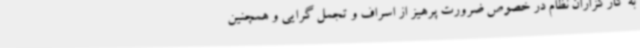
به کارگزاران نظام در خصوص ضرورت پرهیز از اسراف و تجمل گرایی و همچنین